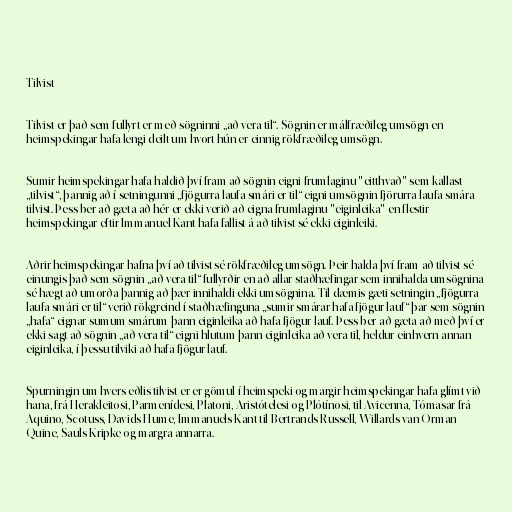
Tilvist

Tilvist er það sem fullyrt er með sögninni „að vera til“. Sögnin er málfræðileg umsögn en
heimspekingar hafa lengi deilt um hvort hún er einnig rökfræðileg umsögn.

Sumir heimspekingar hafa haldið því fram að sögnin eigni frumlaginu "eitthvað" sem kallast
„tilvist“, þannig að í setningunni „fjögurra laufa smári er til“ eigni umsögnin fjörurra laufa smára
tilvist. Þess ber að gæta að hér er ekki verið að eigna frumlaginu "eiginleika" en flestir
heimspekingar eftir Immanuel Kant hafa fallist á að tilvist sé ekki eiginleiki.

Aðrir heimspekingar hafna því að tilvist sé rökfræðileg umsögn. Þeir halda því fram að tilvist sé
einungis það sem sögnin „að vera til“ fullyrðir en að allar staðhæfingar sem innihalda umsögnina
sé hægt að umorða þannig að þær innihaldi ekki umsögnina. Til dæmis gæti setningin „fjögurra
laufa smári er til“ verið rökgreind í staðhæfinguna „sumir smárar hafa fjögur lauf“ þar sem sögnin
„hafa“ eignar sumum smárum þann eiginleika að hafa fjögur lauf. Þess ber að gæta að með því er
ekki sagt að sögnin „að vera til“ eigni hlutum þann eiginleika að vera til, heldur einhvern annan
eiginleika, í þessu tilviki að hafa fjögur lauf.

Spurningin um hvers eðlis tilvist er er gömul í heimspeki og margir heimspekingar hafa glímt við
hana, frá Herakleitosi, Parmenídesi, Platoni, Aristótelesi og Plótínosi, til Avicenna, Tómasar frá
Aquino, Scotuss, Davids Hume, Immanuels Kant til Bertrands Russell, Willards van Orman
Quine, Sauls Kripke og margra annarra.